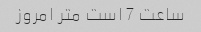
ساعت 7 است متر امروز